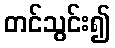
တင်သွင်း၍